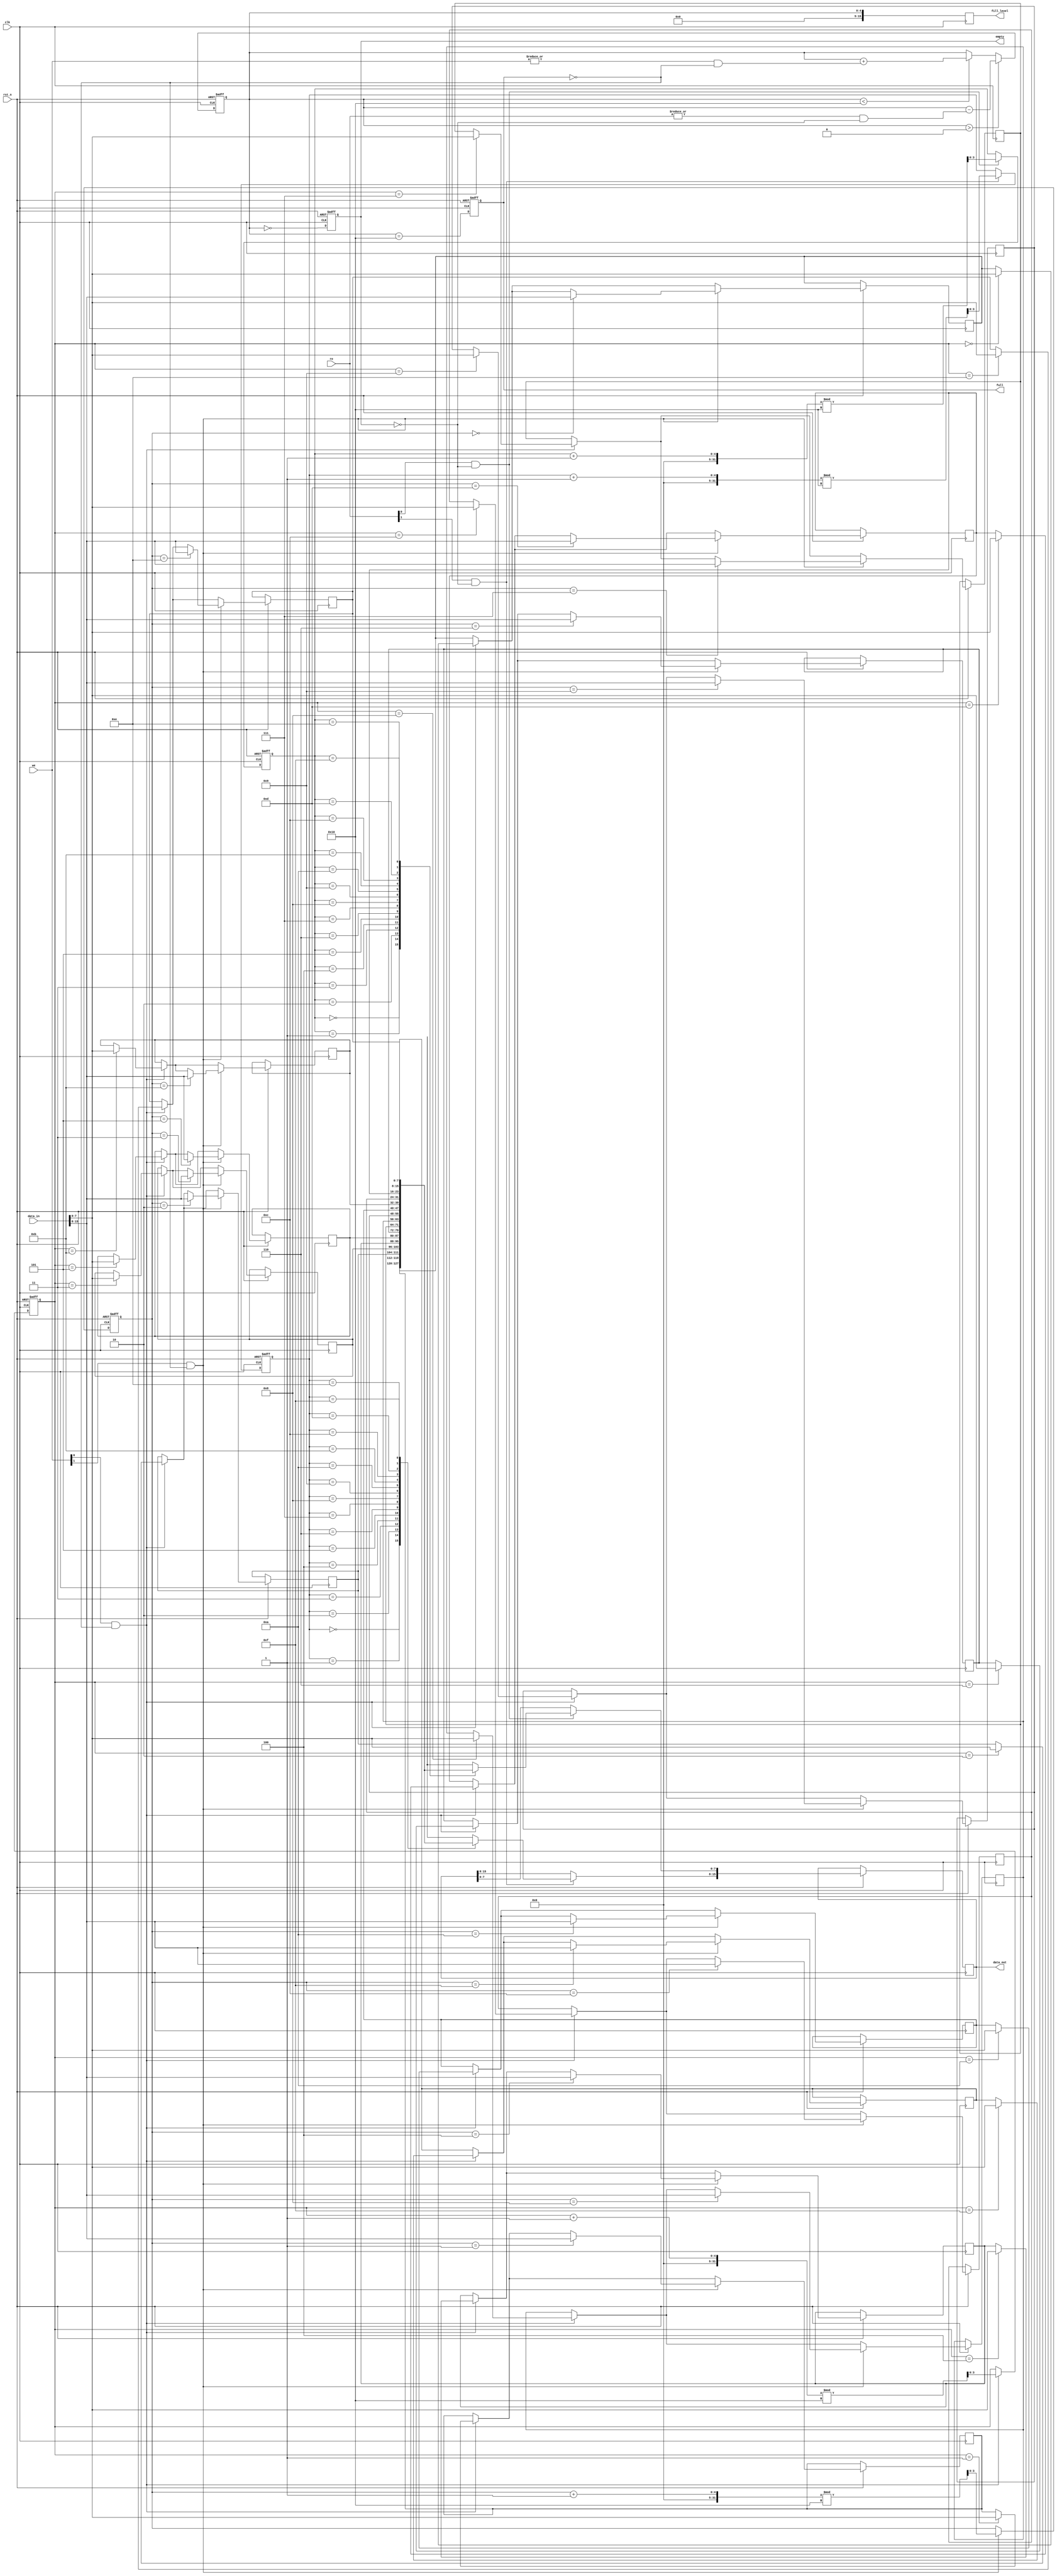
module multiport_fifo #(
    parameter DATA_WIDTH = 8,  // Width of each data entry
    parameter FIFO_DEPTH = 16,  // Number of entries in the FIFO
    parameter NUM_READ_PORTS = 2, // Number of read ports
    parameter NUM_WRITE_PORTS = 2 // Number of write ports
)(
    input wire clk,
    input wire rst_n,
    
    // Write ports
    input wire [NUM_WRITE_PORTS-1:0] we, // Write enable for each port
    input wire [DATA_WIDTH*NUM_WRITE_PORTS-1:0] data_in, // Data input for each port
    
    // Read ports
    input wire [NUM_READ_PORTS-1:0] re, // Read enable for each port
    output wire [DATA_WIDTH*NUM_READ_PORTS-1:0] data_out, // Data output for each port
    
    // Status flags
    output reg full,
    output reg empty,
    output reg [FIFO_DEPTH-1:0] fill_level // Optional: Current fill level
);

    // Internal memory array
    reg [DATA_WIDTH-1:0] fifo_mem [0:FIFO_DEPTH-1];
    
    // Read and write pointers
    reg [$clog2(FIFO_DEPTH)-1:0] read_ptr [0:NUM_READ_PORTS-1];
    reg [$clog2(FIFO_DEPTH)-1:0] write_ptr [0:NUM_WRITE_PORTS-1];
    reg [$clog2(FIFO_DEPTH+1)-1:0] count; // Count of items in FIFO

    integer i;

    // Initialize pointers and flags
    always @(posedge clk or negedge rst_n) begin
        if (!rst_n) begin
            count <= 0;
            full <= 0;
            empty <= 1;
            for (i = 0; i < NUM_READ_PORTS; i = i + 1) begin
                read_ptr[i] <= 0;
            end
            for (i = 0; i < NUM_WRITE_PORTS; i = i + 1) begin
                write_ptr[i] <= 0;
            end
        end else begin
            // Handle write operations
            for (i = 0; i < NUM_WRITE_PORTS; i = i + 1) begin
                if (we[i] && !full) begin
                    fifo_mem[write_ptr[i]] <= data_in[DATA_WIDTH*(i+1)-1:DATA_WIDTH*i];
                    write_ptr[i] <= (write_ptr[i] + 1) % FIFO_DEPTH;
                end
            end
            
            // Update count and flags
            if (count < FIFO_DEPTH) begin
                count <= count + (|we && !full);
            end
            
            full <= (count == FIFO_DEPTH);
            empty <= (count == 0);
            
            // Handle read operations
            for (i = 0; i < NUM_READ_PORTS; i = i + 1) begin
                if (re[i] && !empty) begin
                    data_out[DATA_WIDTH*(i+1)-1:DATA_WIDTH*i] <= fifo_mem[read_ptr[i]];
                    read_ptr[i] <= (read_ptr[i] + 1) % FIFO_DEPTH;
                end
            end
            
            // Update count and flags
            if (count > 0) begin
                count <= count - (|re && !empty);
            end
            
            full <= (count == FIFO_DEPTH);
            empty <= (count == 0);
        end
    end

    // Optional: Fill level output
    always @(posedge clk) begin
        fill_level <= count;
    end

endmodule